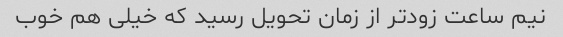
نیم ساعت زودتر از زمان تحویل رسید که خیلی هم خوب